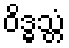
ဝိဒ္ဓသ္တံ